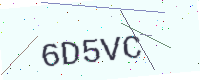
Text: 6D5VC